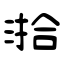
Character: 湁